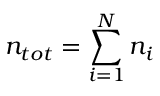
n _ { t o t } = \sum _ { i = 1 } ^ { N } n _ { i }